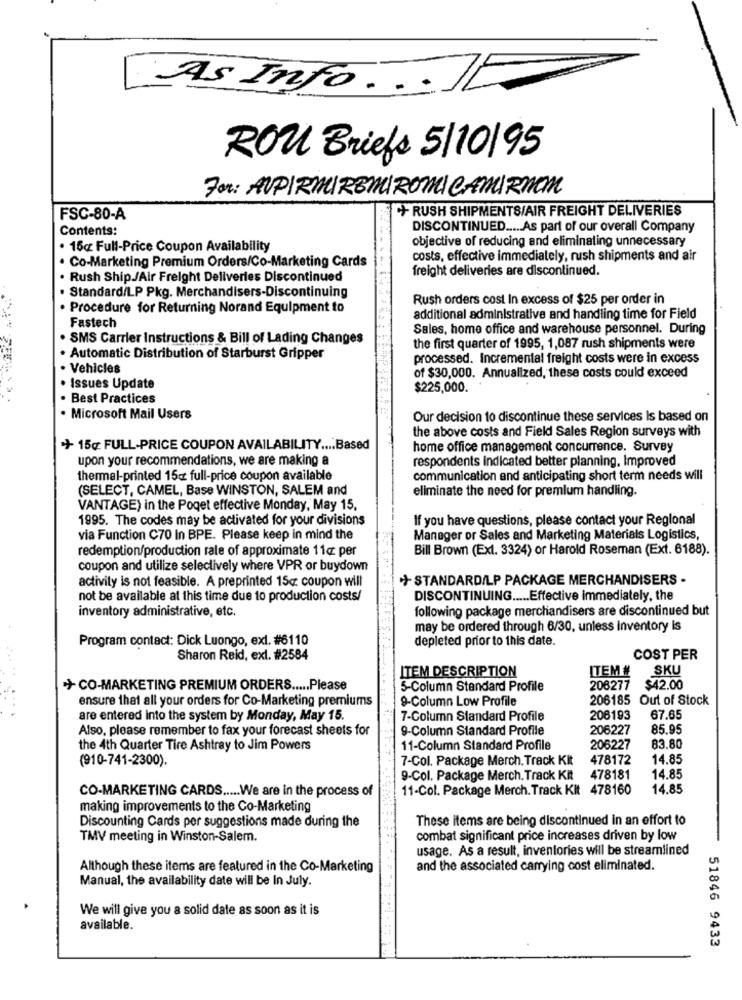
As Info . ..
ROU Briefs 5/10/95
For: AUPIREMIREMIROMICAMIRNON
+ RUSH SHIPMENTS/AIR FREIGHT DELIVERIES
FSC-80-A
Contents:
DISCONTINUED ..... As part of our overall Company
objective of reducing and eliminating unnecessary
15cz Full-Price Coupon Availability
costs, effective immediately, rush shipments and air
Co-Marketing Premium Orders/Co-Marketing Cards
freight deliveries are discontinued.
Rush Ship/Air Freight Deliveries Discontinued
Standard/LP Pkg. Merchandisers-Discontinuing
Rush orders cost In excess of $25 per order in
· Procedure for Returning Norand Equipment to
additional administrative and handling time for Field
Fastech
Sales, home office and warehouse personnel. During
SMS Carrier Instructions & Bill of Lading Changes
the first quarter of 1995, 1,087 rush shipments were
Automatic Distribution of Starburst Gripper
processed. Incremental freight costs were in excess
Vehicles
of $30,000. Annualized, these costs could exceed
Issues Update
$225,000.
Best Practices
· Microsoft Mail Users
Our decision to discontinue these services Is based on
the above costs and Field Sales Region surveys with
+ 15g FULL-PRICE COUPON AVAILABILITY .... Based
home office management concurrence. Survey
upon your recommendations, we are making a
respondents indicated better planning, Improved
thermal-printed 15: full-price coupon available
communication and anticipating short term needs will
(SELECT, CAMEL, Base WINSTON, SALEM and
eliminate the need for premium handling.
VANTAGE) in the Poget effective Monday, May 15,
1995. The codes may be activated for your divisions
If you have questions, please contact your Regional
via Function C70 In BPE. Please keep in mind the
Manager or Sales and Marketing Materials Logistics,
redemption/production rate of approximate 11¢ per
Bill Brown (Ext. 3324) or Harold Roseman (Ext. 6188).
coupon and utilize selectively where VPR or buydown
activity is not feasible. A preprinted 15c coupon will
+ STANDARD/LP PACKAGE MERCHANDISERS -
not be available at this time due to production costs/
DISCONTINUING ..... Effective immediately, the
inventory administrative, etc.
following package merchandisers are discontinued but
may be ordered through 6/30, unless inventory is
Program contact: Dick Luongo, ext. #6110
depleted prior to this date.
Sharon Reid, ext. #2584
COST PER
ITEM DESCRIPTION
ITEM #
SKU
+ CO-MARKETING PREMIUM ORDERS ..... Please
5-Column Standard Profile
206277
$42.00
ensure that all your orders for Co-Marketing premiums
9-Column Low Profile
206185 Out of Stock
are entered into the system by Monday, May 15.
7-Column Standard Profile
206193
67.65
Also, please remember to fax your forecast sheets for
9-Column Standard Profile
206227
85.95
the 4th Quarter Tire Ashtray to Jim Powers
11-Column Standard Profile
206227
83.80
(910-741-2300).
7-Col. Package Merch. Track KIt
478172
14.85
9-Col. Package Merch. Track Kit
478181
14.85
CO-MARKETING CARDS ..... We are in the process of
11-Col. Package Merch. Track Kit 478160
14.85
making improvements to the Co-Marketing
Discounting Cards per suggestions made during the
These items are being discontinued in an effort to
TMV meeting in Winston-Salem.
combat significant price increases driven by low
usage. As a result, inventories will be streamlined
Although these items are featured in the Co-Marketing
and the associated carrying cost eliminated.
Manual, the availability date will be In July.
We will give you a solid date as soon as it is
available.
51846 9433